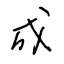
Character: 成